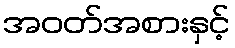
အဝတ်အစားနှင့်